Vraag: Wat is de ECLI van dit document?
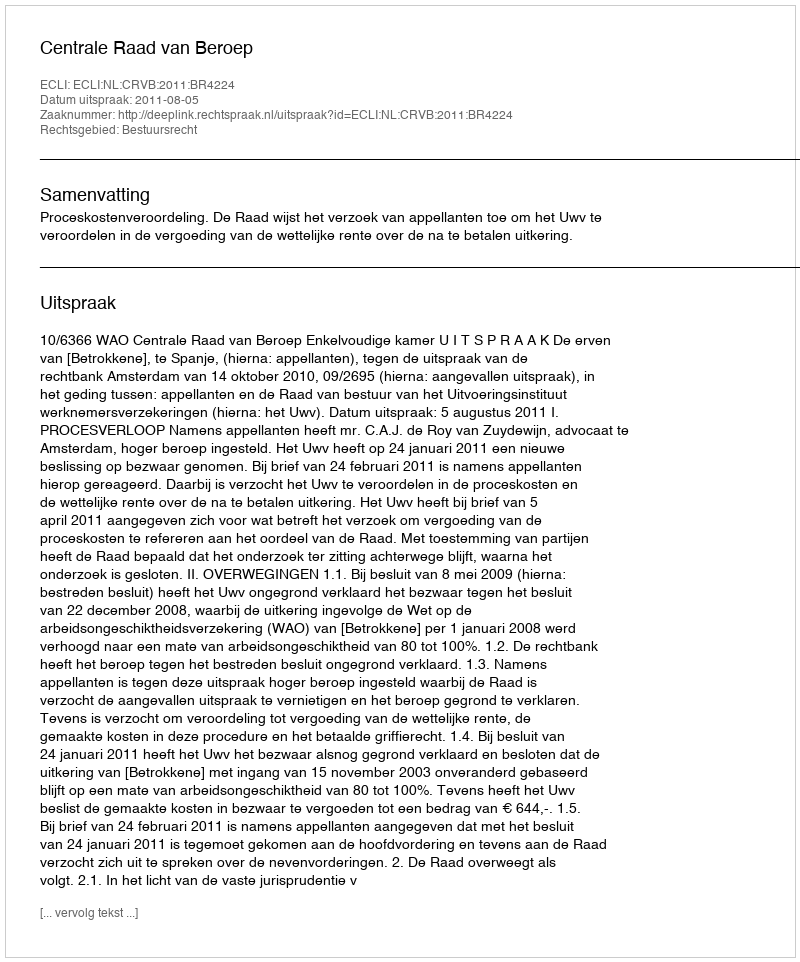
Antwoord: ECLI:NL:CRVB:2011:BR4224